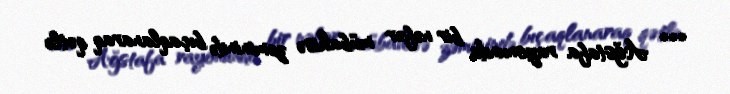
*** Ağstafa rayonunda bir nəfər mübahisə zəminində bıçaqlanaraq qətlə